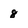
Character: 8